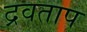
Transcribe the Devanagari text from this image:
द्रवताप